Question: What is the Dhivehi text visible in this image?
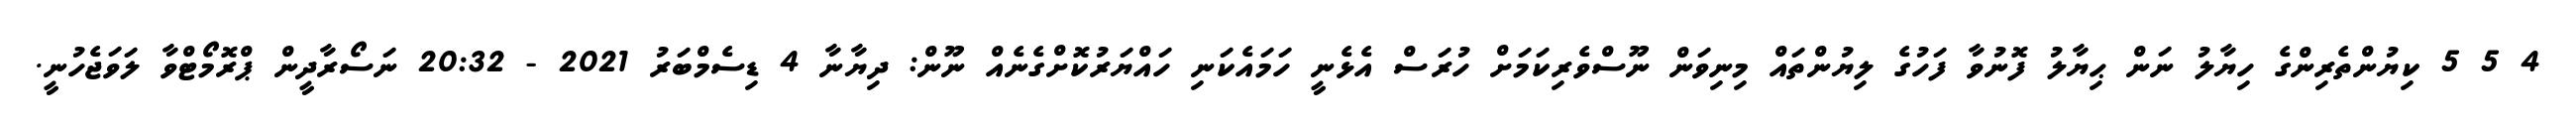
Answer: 4 5 5 ކިޔުންތެރިންގެ ހިޔާލު ނަން ޙިޔާލު ފޮނުވާ ފަހުގެ ލިޔުންތައް މިނިވަން ނޫސްވެރިކަމަށް ހުރަސް އެޅެނީ ހަމައެކަނި ހައްޔަރުކޮށްގެނެއް ނޫން: ދިޔާނާ 4 ޑިސެމްބަރު 2021 - 20:32 ނަސޯރާދީން ޕްރޮމޯޓްވާ ލަވަޖެހުނީ.